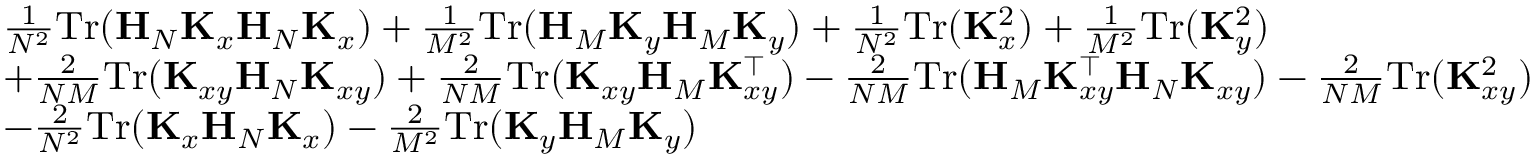
\begin{array} { r l } & { \frac { 1 } { N ^ { 2 } } \mathrm { T r } ( \mathbf H _ { N } \mathbf K _ { x } \mathbf H _ { N } \mathbf K _ { x } ) + \frac { 1 } { M ^ { 2 } } \mathrm { T r } ( \mathbf H _ { M } \mathbf K _ { y } \mathbf H _ { M } \mathbf K _ { y } ) + \frac { 1 } { N ^ { 2 } } \mathrm { T r } ( \mathbf K _ { x } ^ { 2 } ) + \frac { 1 } { M ^ { 2 } } \mathrm { T r } ( \mathbf K _ { y } ^ { 2 } ) } \\ & { + \frac { 2 } { N M } \mathrm { T r } ( \mathbf K _ { x y } \mathbf H _ { N } \mathbf K _ { x y } ) + \frac { 2 } { N M } \mathrm { T r } ( \mathbf K _ { x y } \mathbf H _ { M } \mathbf K _ { x y } ^ { \top } ) - \frac { 2 } { N M } \mathrm { T r } ( \mathbf H _ { M } \mathbf K _ { x y } ^ { \top } \mathbf H _ { N } \mathbf K _ { x y } ) - \frac { 2 } { N M } \mathrm { T r } ( \mathbf K _ { x y } ^ { 2 } ) } \\ & { - \frac { 2 } { N ^ { 2 } } \mathrm { T r } ( \mathbf K _ { x } \mathbf H _ { N } \mathbf K _ { x } ) - \frac { 2 } { M ^ { 2 } } \mathrm { T r } ( \mathbf K _ { y } \mathbf H _ { M } \mathbf K _ { y } ) } \end{array}